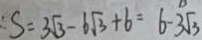
\therefore S = 3 \sqrt { 3 } - 6 \sqrt { 3 } + 6 = 6 - 3 \sqrt { 3 }